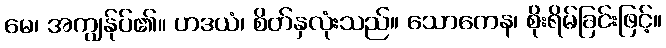
မေ၊ အကျွန်ုပ်၏။ ဟဒယံ၊ စိတ်နှလုံးသည်။ သောကေန၊ စိုးရိမ်ခြင်းဖြင့်။